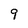
Character: 9